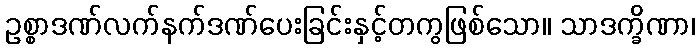
ဥစ္စာဒဏ်လက်နက်ဒဏ်ပေးခြင်းနှင့်တကွဖြစ်သော။ သာဒက္ခိဏာ၊